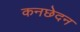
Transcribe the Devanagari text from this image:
कनछेदन